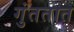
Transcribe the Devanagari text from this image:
गुंततात